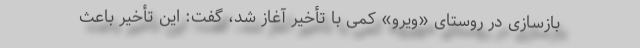
بازسازی در روستای «ویرو» کمی با تأخیر آغاز شد، گفت: این تأخیر باعث